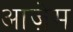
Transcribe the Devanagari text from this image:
आज़ेम